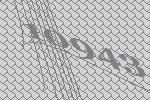
10943